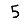
Digit: 5